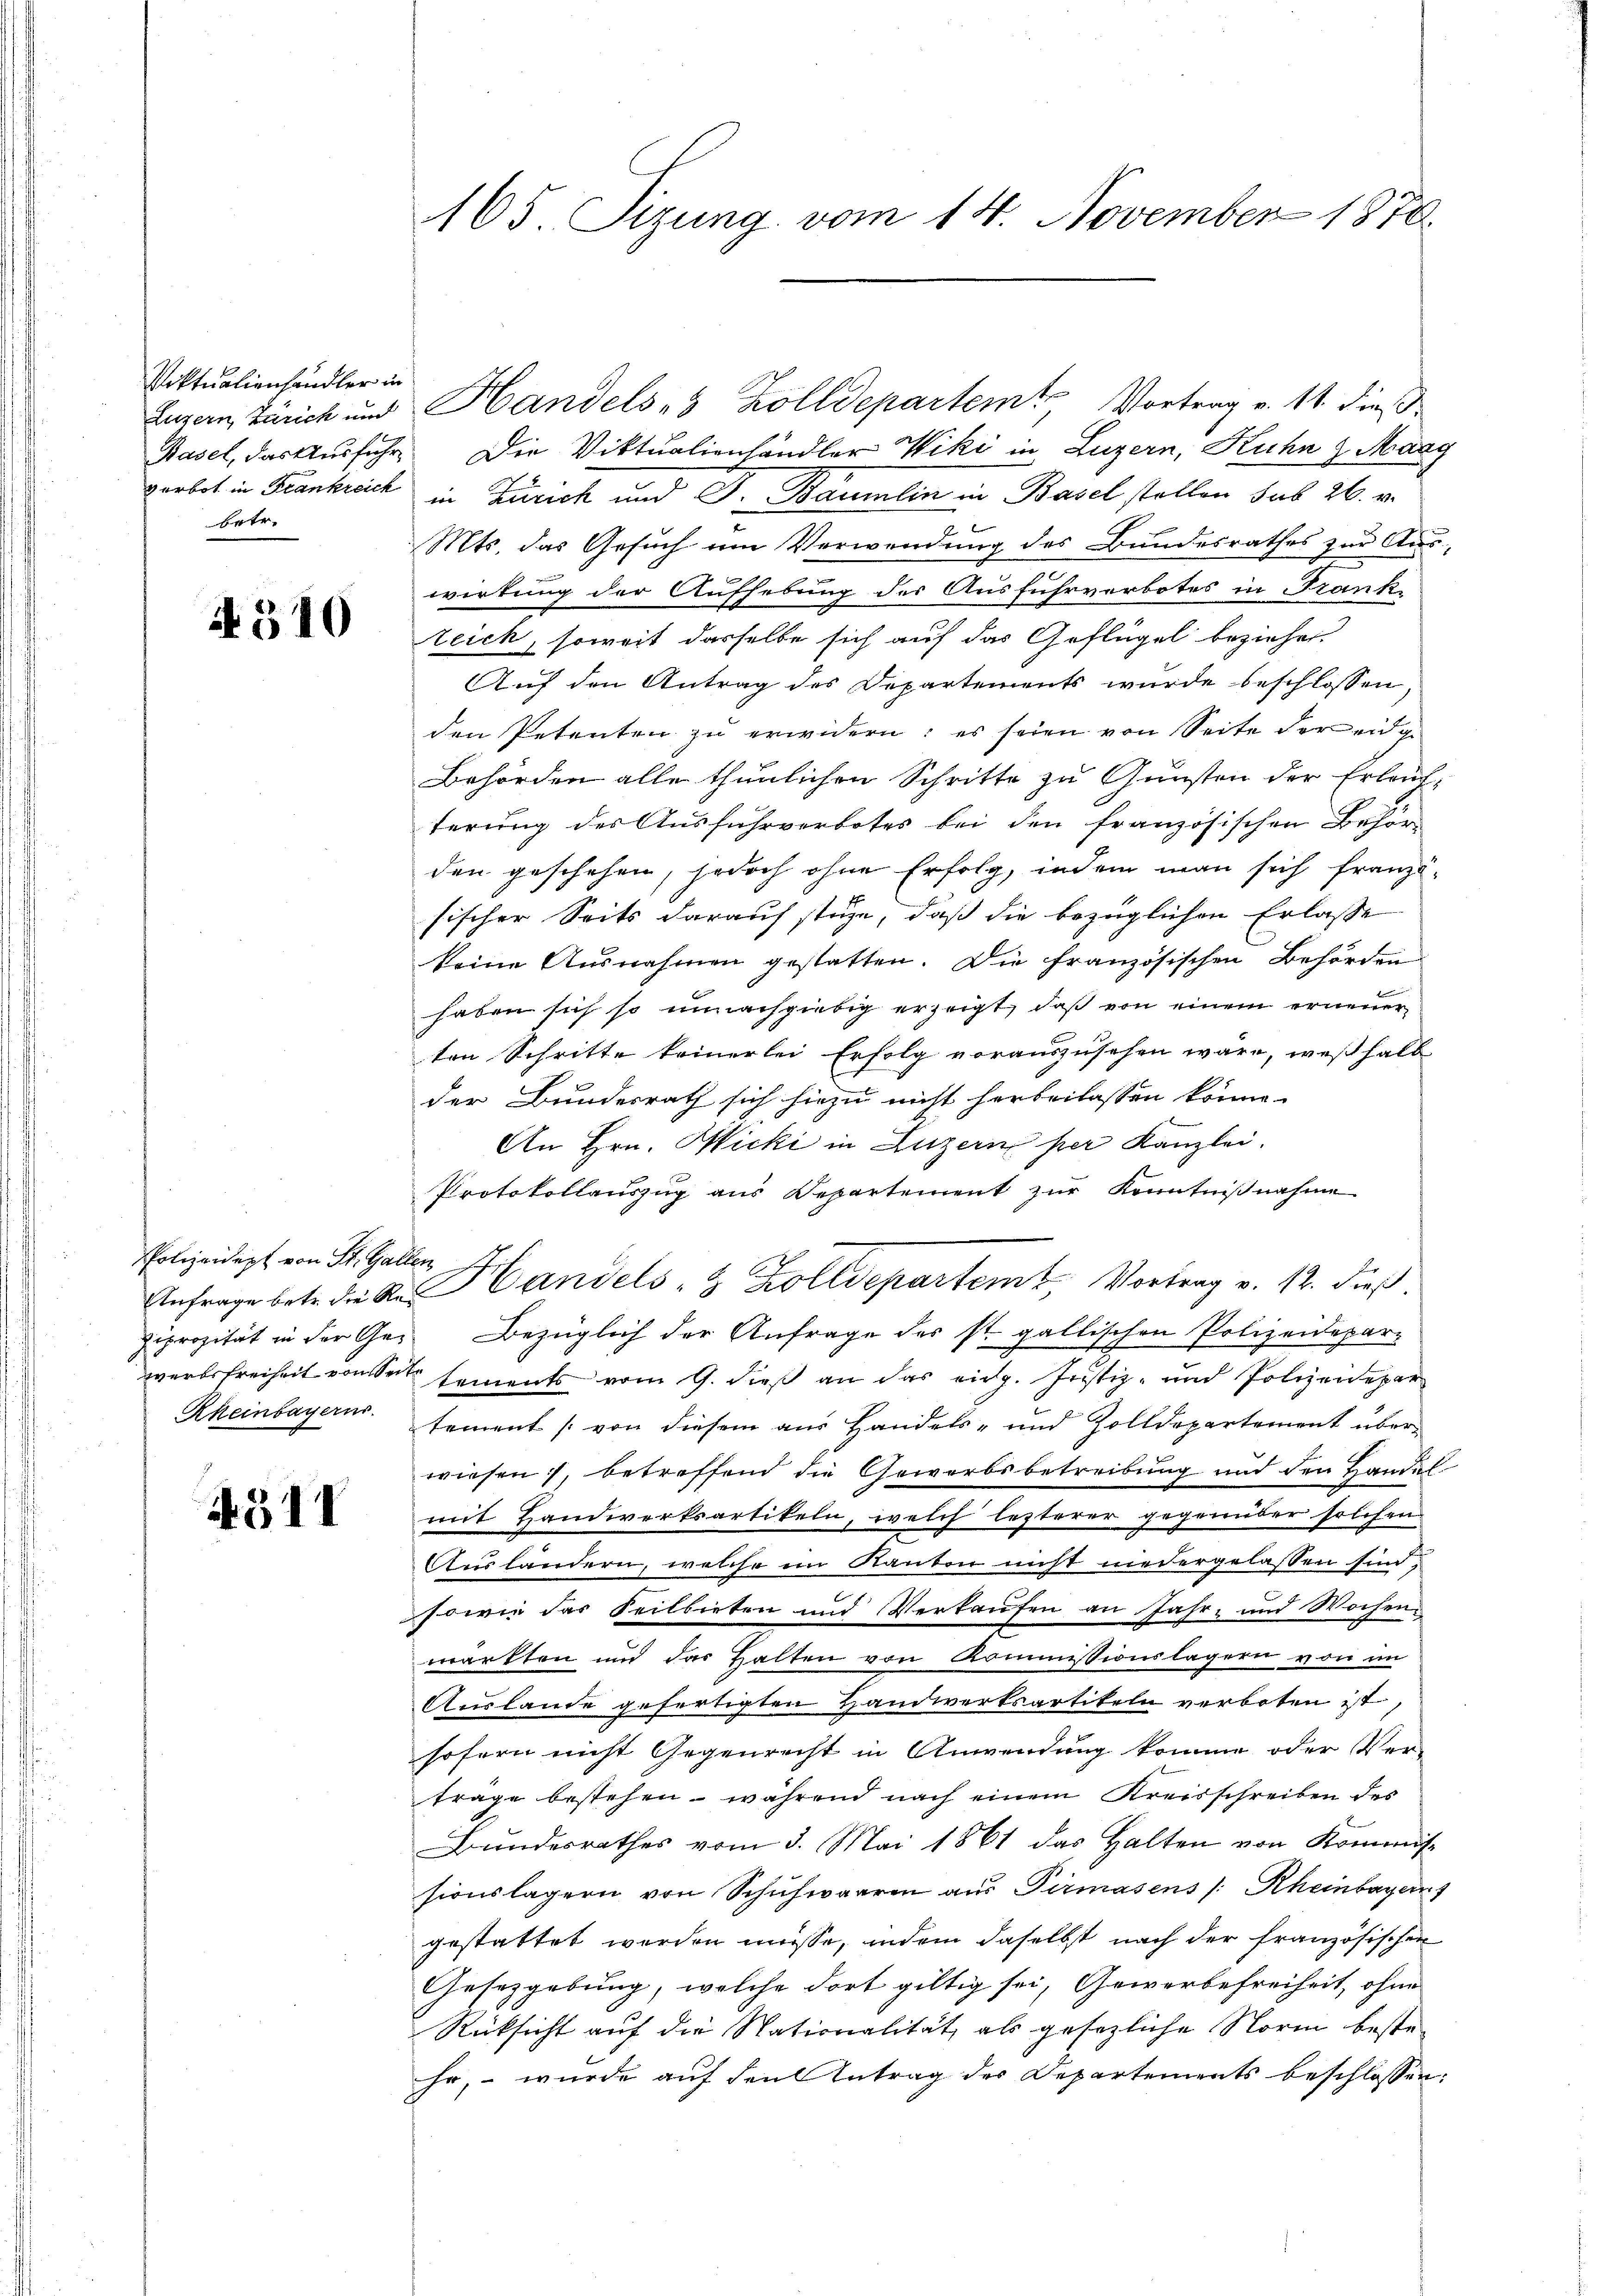
Viktualienhändler in
betr.

4310

Polizeidept von St. Gallen

4317

165. Sizung vom 14. November 1870.

Luzern, Zürich und Handels 8 Zolldepartem Vortrag v. 11. dieß
Basel, das Ausführe. Die Viktualienhändler Wiki in Luzern, Kuhn & Maag
gerbot in Krankreich in Zürich und Dr. Baumlin in Basel stellen sub 26. v.
Mts. das Gesuch um Verwendung des Bundesrathes zur Auswirkung der Aufhebung des Ausfuhrverbotes in Frankteich, soweit dasselbe sich auf das Geflügel beziehen.
Auf den Antrag des Departements wurde beschlossen
den Petenten zu erwidern: es seien von Seite der eidge
Behörden alle thunlichen Schritte zu Gunsten der Erlauf-
terung des Ausfuhrverbotes bei den französischen Behör
den geschehen, jedoch ohne Erfolg, indem man sich französischer Seits darauf stehe, daß die bezüglichen Erlasse
keine Ausnahmen gestatten. Die französischen Behörden
haben sich so unnachgiebig erzeigt, daß von einem erneuer
ten Schritte keinerlei Erfolg vorauszusehen wäre, weßhalb
der Bundesrath sich hiezu nicht herbeilassen könne.
An Hrn. Hicki in Luzern per Kanzlei.
Protokollauszug aus Departement zŭr Kenntniβnahme
Anfrage betr. die A. Handels- & Zolldepartem Vortrag v. 12. dieß
ziprozität in der Ge¬ Bezüglich der Anfrage des st. gallischen Polizeidepar-
werbsfreiheit von Sei sements vom 9. dieß an das eidg. Justiz- und Polizeidepar
Rheinbayern. Sement (von diesem aus Handels- und Zolldepartement überwiesen, betreffend die Gewerbsbetreibung und den Handel
mit Handwerksartikeln, welch lezterer gegenüber solchen
Auslandern, welche im Kanton nicht niedergelassen sind.
sowie das Seilbieten und Verkaufen an Jahr- und Wochen
warkten und das Halten von Kommissionslagern von im
Auslande gefertigten Handwerksartikeln verboten ist,
sofern nicht Gegenrecht in Anwendung komme oder Ver-
trage bestehen, während nach einem Kreisschreiben des
Bundesrathes vom 3. Mai 1861 das Halten von Kommissionslagern von Schuhwaaren aus Pirmasens /: Rheinbayer
gestattet werden müsse, indem daselbst nach der französischen
Gesetzgebung, welche dort giltig sei, Gewerbefreiheit, ohne
Rücksicht auf die Nationalität, als gesezliche Norm beste-
hr, – wurde auf den Antrag des Departements beschlossen: